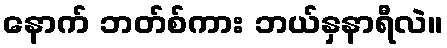
နောက် ဘတ်စ်ကား ဘယ်နှနာရီလဲ။